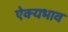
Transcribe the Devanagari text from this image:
ऐक्यभाव